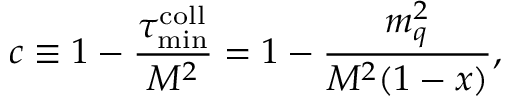
c \equiv 1 - \frac { \tau _ { \mathrm { m i n } } ^ { \mathrm { c o l l } } } { M ^ { 2 } } = 1 - \frac { m _ { q } ^ { 2 } } { M ^ { 2 } ( 1 - x ) } ,